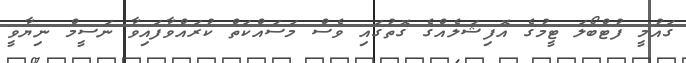
ގައުމީ ފުޓްބޯލަ ޓީމުގެ އޮފިޝަލެއްގެ ގޮތުގައި ވެސް މަސައްކަތް ކުރައްވާފައިވާ ނަސީމް ނިޔާވީ